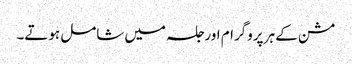
مشن کے ہر پروگرام اور جلسہ میں شامل ہوتے۔